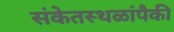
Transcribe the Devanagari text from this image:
संकेतस्थळांपैकी